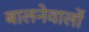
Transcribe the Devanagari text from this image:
बालनेवालों